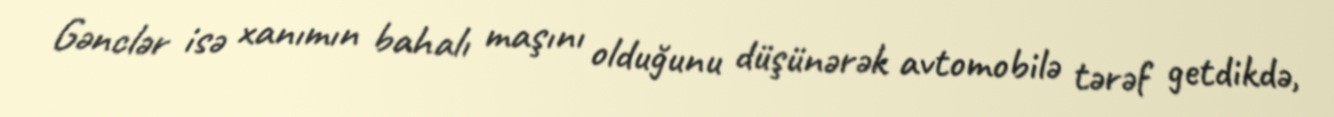
Gənclər isə xanımın bahalı maşını olduğunu düşünərək avtomobilə tərəf getdikdə,